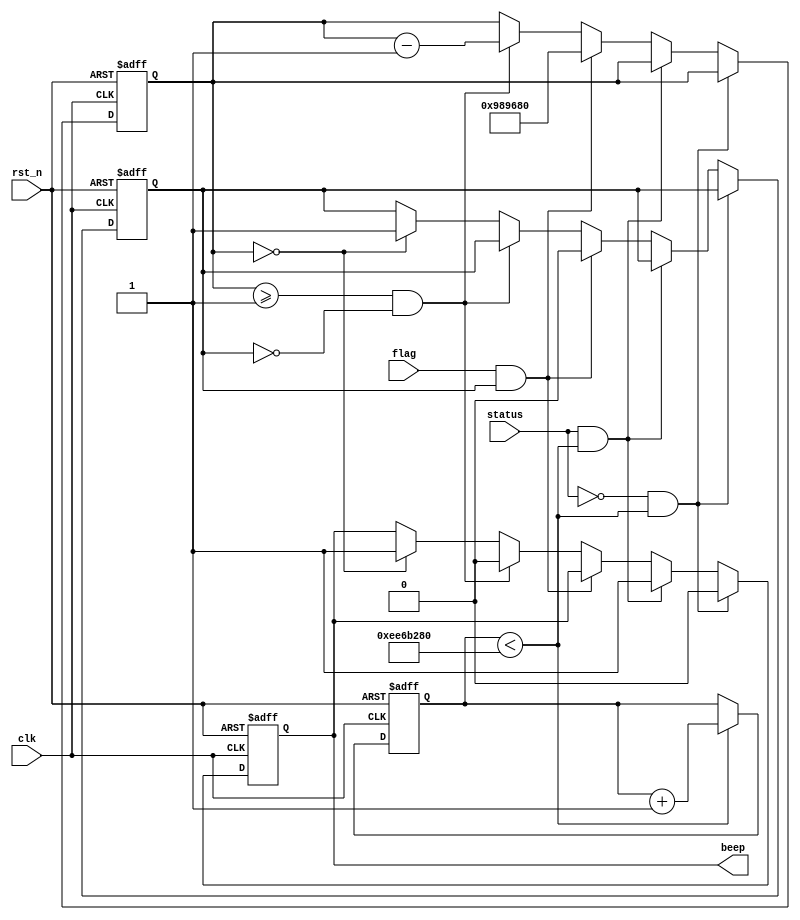
module beep_drive (
    input   wire    clk,
    input   wire    rst_n,
    input   wire    flag,       //
    input   wire    status,
    output  reg     beep
);
 
parameter MAX_TIME = 24'd10_000_000;        //
parameter MAX_TIME_MUSIC = 28'd250_000_000; //
 
reg [23:0] cnt_time;        //
reg [27:0] cnt_time_music;  //
reg flag_beep_time_out;     // 
 
 
//
always @(posedge clk or negedge rst_n) begin
    if(!rst_n) begin
        cnt_time_music <= 28'd0;
    end
    else if(cnt_time_music < MAX_TIME_MUSIC) begin
        cnt_time_music <= cnt_time_music + 28'd1;
    end
 
    else 
        cnt_time_music <= cnt_time_music;
end
 
//
always @(posedge clk or negedge rst_n) begin
    if(!rst_n) begin
        cnt_time <= 0;
        beep <= 1;
        flag_beep_time_out <= 1;
    end
 
    else if(!status && cnt_time_music < MAX_TIME_MUSIC) begin
        beep <= 0;
    end
 
    else if(status && cnt_time_music < MAX_TIME_MUSIC) begin
        beep <= 1;
    end
 
    else if(flag && flag_beep_time_out) begin //
        cnt_time <= MAX_TIME;
        flag_beep_time_out <= 0;
    end
 
    else if(cnt_time >=1 && !flag_beep_time_out) begin
        cnt_time <= cnt_time -24'd1;
        beep <= 0;
    end
    else if(cnt_time == 0) begin//
		beep <= 1;
		flag_beep_time_out <= 1;
	end
	else begin
		cnt_time <= cnt_time ;
		beep <= beep;
        flag_beep_time_out <= flag_beep_time_out;
	end
end
endmodule